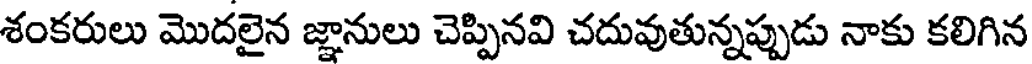
శంకరులు మొదలైన జ్ఞానులు చెప్పినవి చదువుతున్నప్పుడు నాకు కలిగిన